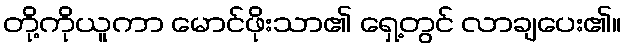
တို့ကိုယူကာ မောင်ဖိုးသာ၏ ရှေ့တွင် လာချပေး၏။